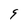
Character: 9